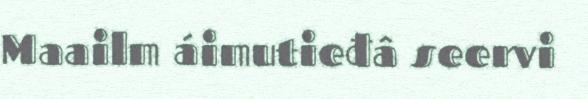
Maailm áimutieđâ seervi